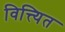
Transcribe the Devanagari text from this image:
वित्त्यित